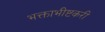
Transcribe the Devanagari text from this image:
भक्ताभीष्टकरी